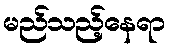
မည်သည့်နေရာ